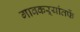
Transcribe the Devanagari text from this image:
गावकऱ्यांतर्फे